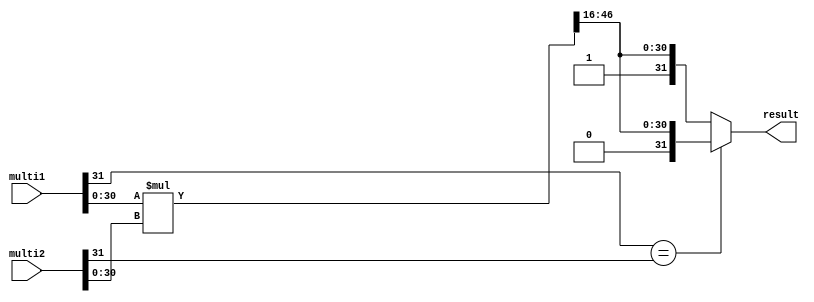
`ifndef QMULTI_V
`define QMULTI_V
module qmulti(
    input [31:0] multi1,
    input [31:0] multi2,
    output [31:0] result
);

reg [63:0] tmp=0;
reg [31:0] result_out=0;

assign result=result_out;

always @(*) 
begin
    tmp=multi1[30:0]*multi2[30:0];
    if(multi1[31]==multi2[31])
    begin
        result_out={1'b0,tmp[46:16]};
    end
    else
    begin
        result_out={1'b1,tmp[46:16]};
    end
end

endmodule
`endif